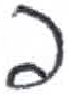
אות: פ